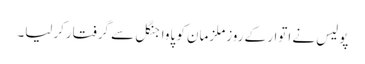
پولیس نے اتوار کے روزملزمان کو پاواجنگل سے گرفتارکرلیا۔